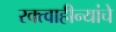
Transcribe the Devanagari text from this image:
रक्त्वाहीन्यांचे